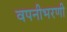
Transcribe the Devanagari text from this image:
वपनीभरणी